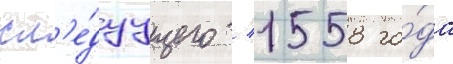
сл'е́дуущего / 1558 го́да